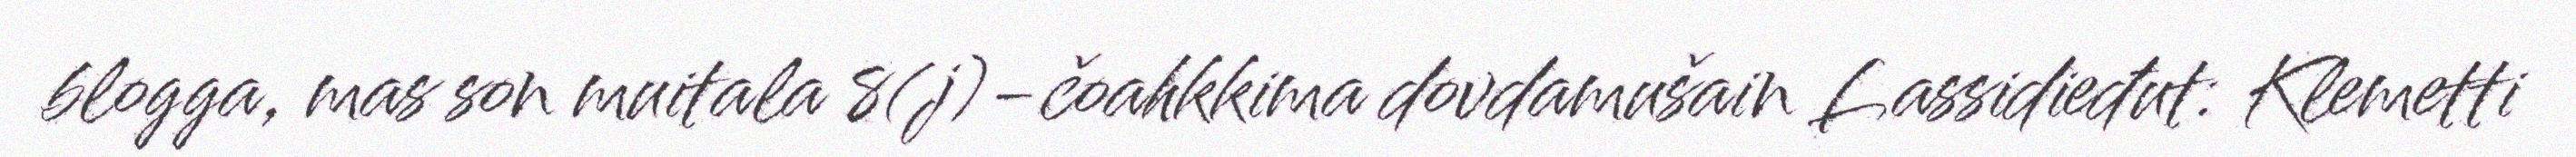
blogga, mas son muitala 8(j)-čoahkkima dovdamušain Lassidieđut: Klemetti